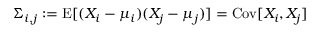
\Sigma _ { i , j } : = \operatorname { E } [ ( X _ { i } - \mu _ { i } ) ( X _ { j } - \mu _ { j } ) ] = \operatorname { C o v } [ X _ { i } , X _ { j } ]